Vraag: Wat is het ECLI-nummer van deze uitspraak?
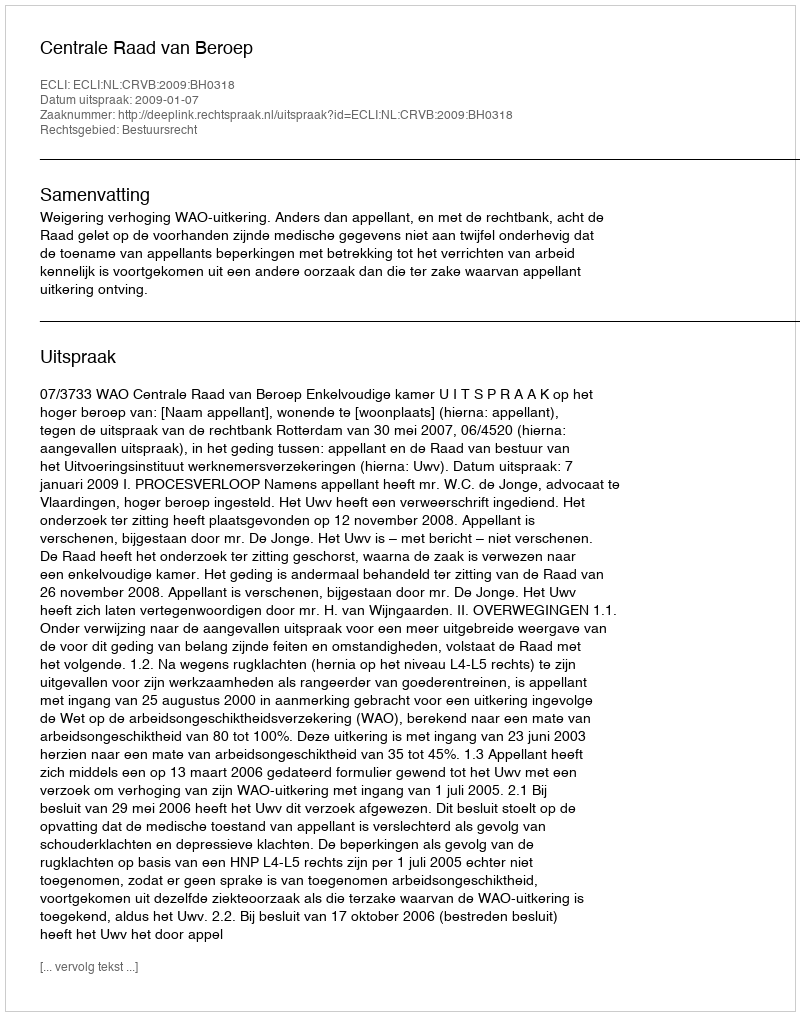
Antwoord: ECLI:NL:CRVB:2009:BH0318